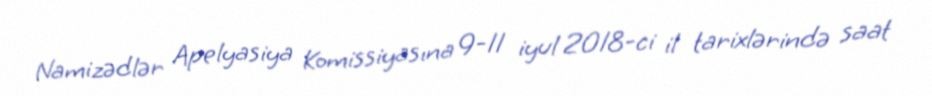
Namizədlər Apelyasiya Komissiyasına 9-11 iyul 2018-ci il tarixlərində saat